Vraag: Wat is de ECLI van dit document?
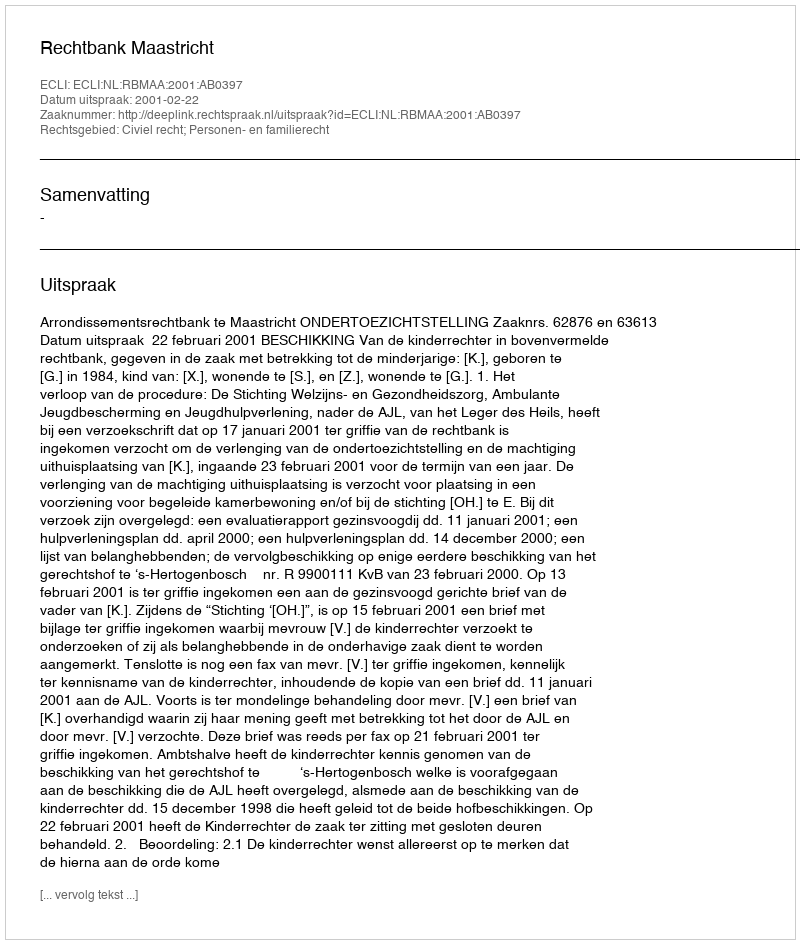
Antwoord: ECLI:NL:RBMAA:2001:AB0397